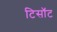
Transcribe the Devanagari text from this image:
टिसॉट